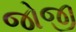
જોજી